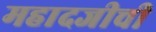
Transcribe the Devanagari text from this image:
महादजीची